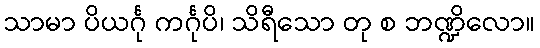
သာမာ ပိယင်္ဂု ကင်္ဂုပိ၊ သိရီသော တု စ ဘဏ္ဍိလော။